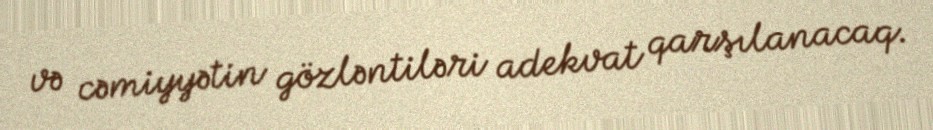
və cəmiyyətin gözləntiləri adekvat qarşılanacaq.